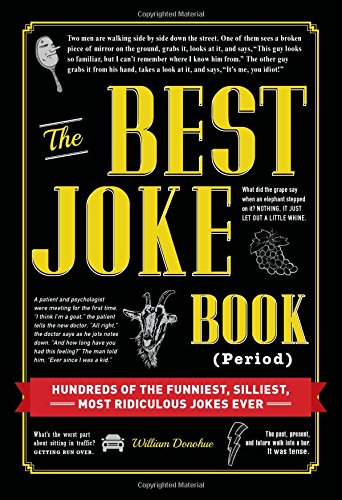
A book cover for The Best Joke Book (Period): Hundreds of the Funniest, Silliest, Most Ridiculous Jokes Ever; William Donohue; Humor & Entertainment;